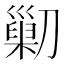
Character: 𠟿